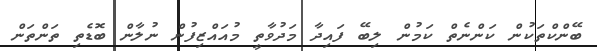
ބޭންކްތަކުން ކަންނެތް ކަމުން ލިބޭ ފައިދާ މަދުވާތީ މުއައްޒިފުން ނުލާން ބޮޑެތި ތަންތަން